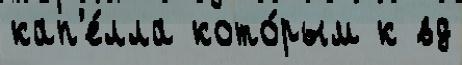
кап'е́лла кото́рым к вд